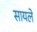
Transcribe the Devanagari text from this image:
सायले